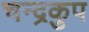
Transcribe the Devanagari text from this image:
चन्द्रकुप